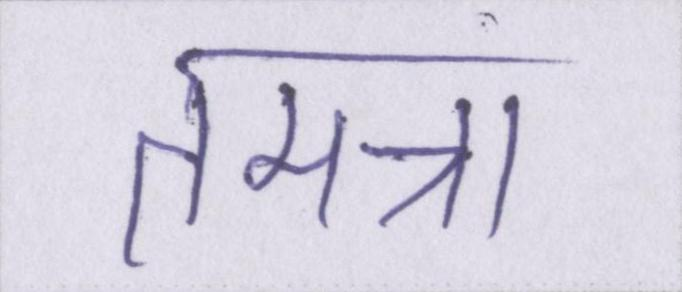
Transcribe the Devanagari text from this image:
तमन्ना